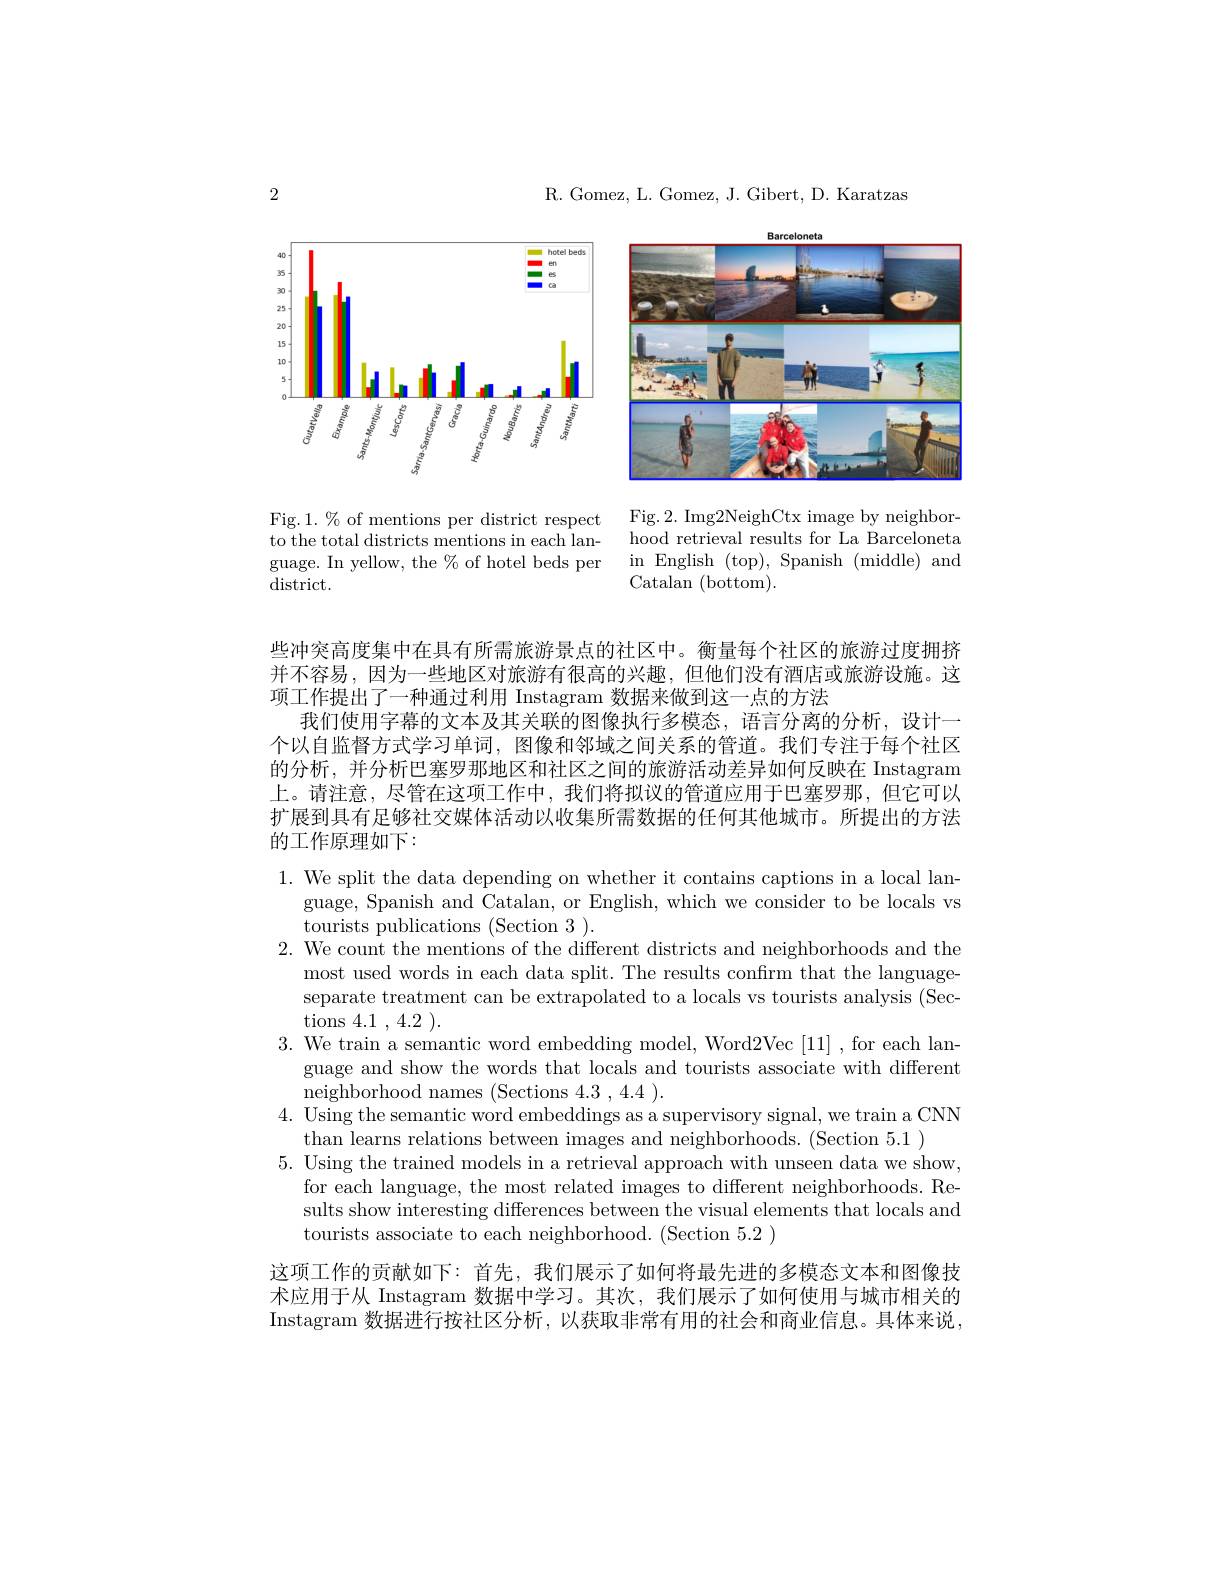
R. Gomez, L. Gomez, J. Gibert, D. Karatzas

2

<FigureHere>

Fig. 2. Img2NeighCtx image by neighborhood retrieval results for La Barceloneta in English (top), Spanish (middle) and Catalan (bottom).

Fig. 1. $\%$ of mentions per district respect to the total districts mentions in each language. In yellow, the $\%$ of hotel beds per district.

些冲突高度集中在具有所需旅游景点的社区中。衡量每个社区的旅游过度拥挤并不容易，因为一些地区对旅游有很高的兴趣，但他们没有酒店或旅游设施。这项工作提出了一种通过利用 Instagram 数据来做到这一点的方法
我们使用字幕的文本及其关联的图像执行多模态，语言分离的分析，设计一个以自监督方式学习单词，图像和邻域之间关系的管道。我们专注于每个社区的分析，并分析巴塞罗那地区和社区之间的旅游活动差异如何反映在 Instagram 上。请注意，尽管在这项工作中，我们将拟议的管道应用于巴塞罗那，但它可以扩展到具有足够社交媒体活动以收集所需数据的任何其他城市。所提出的方法的工作原理如下：

1. We split the data depending on whether it contains captions in a local lan-
guage, Spanish and Catalan, or English, which we consider to be locals vs
tourists publications (Section 3 ).
2. We count the mentions of the different districts and neighborhoods and the
most used words in each data split. The results confirm that the languageseparate treatment can be extrapolated to a locals vs tourists analysis (Sections 4.1 , 4.2 ).
3. We train a semantic word embedding model, Word2Vec [11] , for each lan-
guage and show the words that locals and tourists associate with different
neighborhood names (Sections 4.3,4.4).
4. Using the semantic word embeddings as a supervisory signal, we train a CNN
than learns relations between images and neighborhoods. (Section 5.1)
5. Using the trained models in a retrieval approach with unseen data we show,
for each language, the most related images to different neighborhoods. Results show interesting differences between the visual elements that locals and tourists associate to each neighborhood. (Section 5.2 )

这项工作的贡献如下：首先，我们展示了如何将最先进的多模态文本和图像技术应用于从 Instagram 数据中学习。其次，我们展示了如何使用与城市相关的Instagram 数据进行按社区分析，以获取非常有用的社会和商业信息。具体来说，